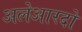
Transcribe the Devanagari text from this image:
अलेआरदो